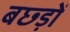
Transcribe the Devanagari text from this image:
बछ्ड़ों